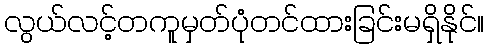
လွယ်လင့်တကူမှတ်ပုံတင်ထားခြင်းမရှိနိုင်။